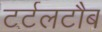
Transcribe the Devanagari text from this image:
टर्टलटौब